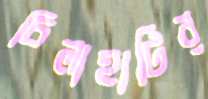
চিলাহাটির